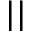
_ { | | }